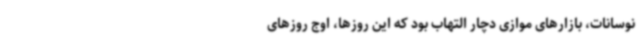
نوسانات، بازارهای موازی دچار التهاب بود که این روزها، اوج روزهای